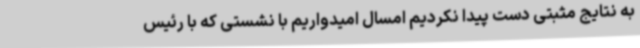
به نتایج مثبتی دست پیدا نکردیم امسال امیدواریم با نشستی که با رئیس